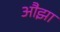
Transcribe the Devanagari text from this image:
औझा